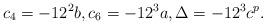
LaTeX: \begin{align*} c_4 = -12^2 b, c_6 = -12^3 a, \Delta = -12^3 c^p.\end{align*}